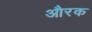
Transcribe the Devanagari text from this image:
औरक